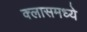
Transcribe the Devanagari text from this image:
क्लासमध्ये